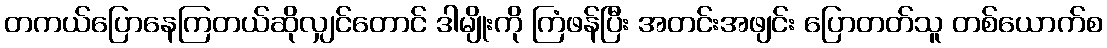
တကယ်ပြောနေကြတယ်ဆိုလျှင်တောင် ဒါမျိုးကို ကြံဖန်ပြီး အတင်းအဖျင်း ပြောတတ်သူ တစ်ယောက်စ